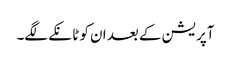
آپریشن کے بعد ان کو ٹانکے لگے۔